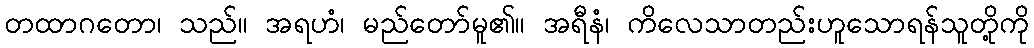
တထာဂတော၊ သည်။ အရဟံ၊ မည်တော်မူ၏။ အရီနံ၊ ကိလေသာတည်းဟူသောရန်သူတို့ကို